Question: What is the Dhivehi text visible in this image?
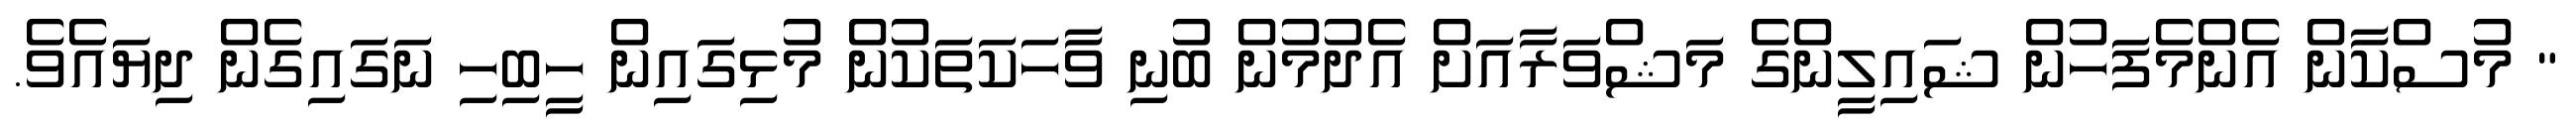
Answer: " މުސްކާން އެންމެފަހުން ޝައިލީންގެ މަޝްވަރާއަށް އެދުމުން ބުނި ވާހަކަތަކުން މުޅިގައިން ހީބިހި ނަގައިގެން ދިޔައެވެ.